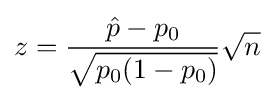
z={\frac {{\hat {p}}-p_{0}}{\sqrt {p_{0}(1-p_{0})}}}{\sqrt {n}}